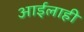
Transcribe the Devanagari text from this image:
आईलाही